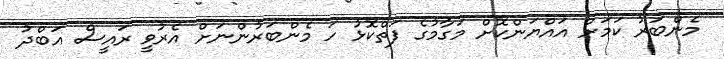
މެންބަރު ކަމަށް އައްޔަންކޮށް މަގާމުގެ ފަތްކޮޅު ހަ މެންބަރުންނަށް އެރުވީ ރައީސް އަބްދު